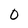
Character: 0